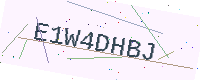
Text: E1W4DHBJ